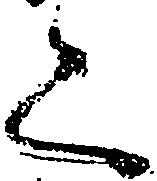
く